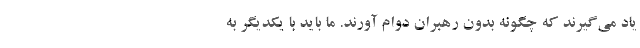
یاد می‌گیرند که چگونه بدون رهبران دوام آورند. ما باید با یکدیگر به